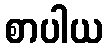
စာပါယ